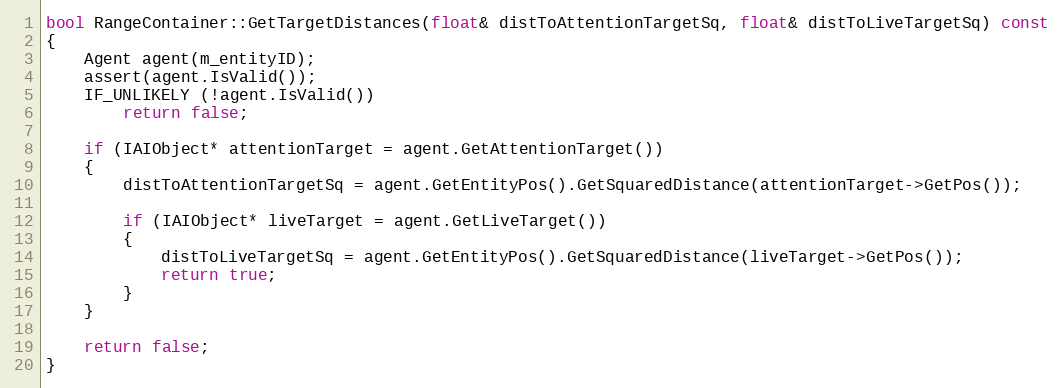
Language: C++
bool RangeContainer::GetTargetDistances(float& distToAttentionTargetSq, float& distToLiveTargetSq) const
{
	Agent agent(m_entityID);
	assert(agent.IsValid());
	IF_UNLIKELY (!agent.IsValid())
		return false;

	if (IAIObject* attentionTarget = agent.GetAttentionTarget())
	{
		distToAttentionTargetSq = agent.GetEntityPos().GetSquaredDistance(attentionTarget->GetPos());

		if (IAIObject* liveTarget = agent.GetLiveTarget())
		{
			distToLiveTargetSq = agent.GetEntityPos().GetSquaredDistance(liveTarget->GetPos());
			return true;
		}
	}

	return false;
}